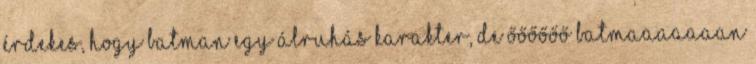
érdekes, hogy Batman egy álruhás karakter, de ŐŐŐŐŐŐ BATMAAAAAAAN